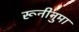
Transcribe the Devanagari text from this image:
रूनीनुमा